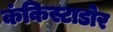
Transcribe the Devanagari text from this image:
कंकिस्टाडोर